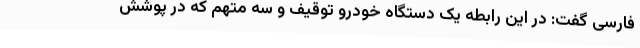
فارسی گفت: در این رابطه یک دستگاه خودرو توقیف و سه متهم که در پوشش